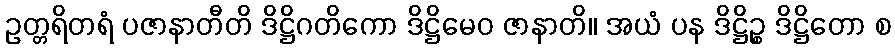
ဥတ္တရိတရံ ပဇာနာတီတိ ဒိဋ္ဌိဂတိကော ဒိဋ္ဌိမေဝ ဇာနာတိ။ အယံ ပန ဒိဋ္ဌိဉ္စ ဒိဋ္ဌိတော စ